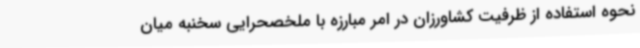
نحوه استفاده از ظرفیت کشاورزان در امر مبارزه با ملخصحرایی سخنبه میان